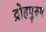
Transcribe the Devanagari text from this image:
द्रोहपुरुष